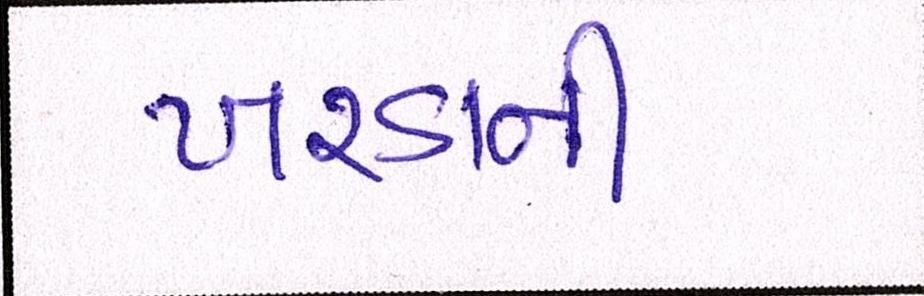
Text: ખરડાની